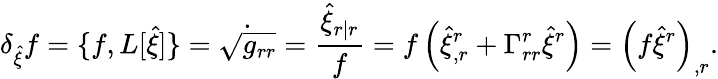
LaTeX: \delta_{\hat{\xi}}f=\{ f,L[\hat{\xi}]\} =\dot{\sqrt{g_{rr}}}=\frac{\hat{\xi}_{r|r}}{f}=f\left(\hat{\xi}_{,r}^{r}+\Gamma_{rr}^{r}\hat{\xi}^{r}\right)=\left(f\hat{\xi}^{r}\right)_{,r}.